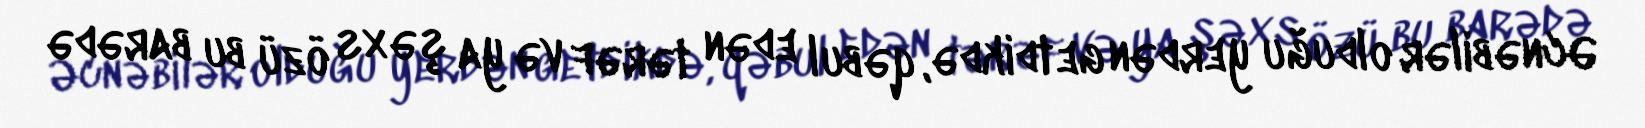
Əcnəbilər olduğu yerdən getdikdə, qəbul edən tərəf və ya şəxs özü bu barədə